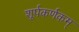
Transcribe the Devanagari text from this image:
शूर्पकर्णकम्